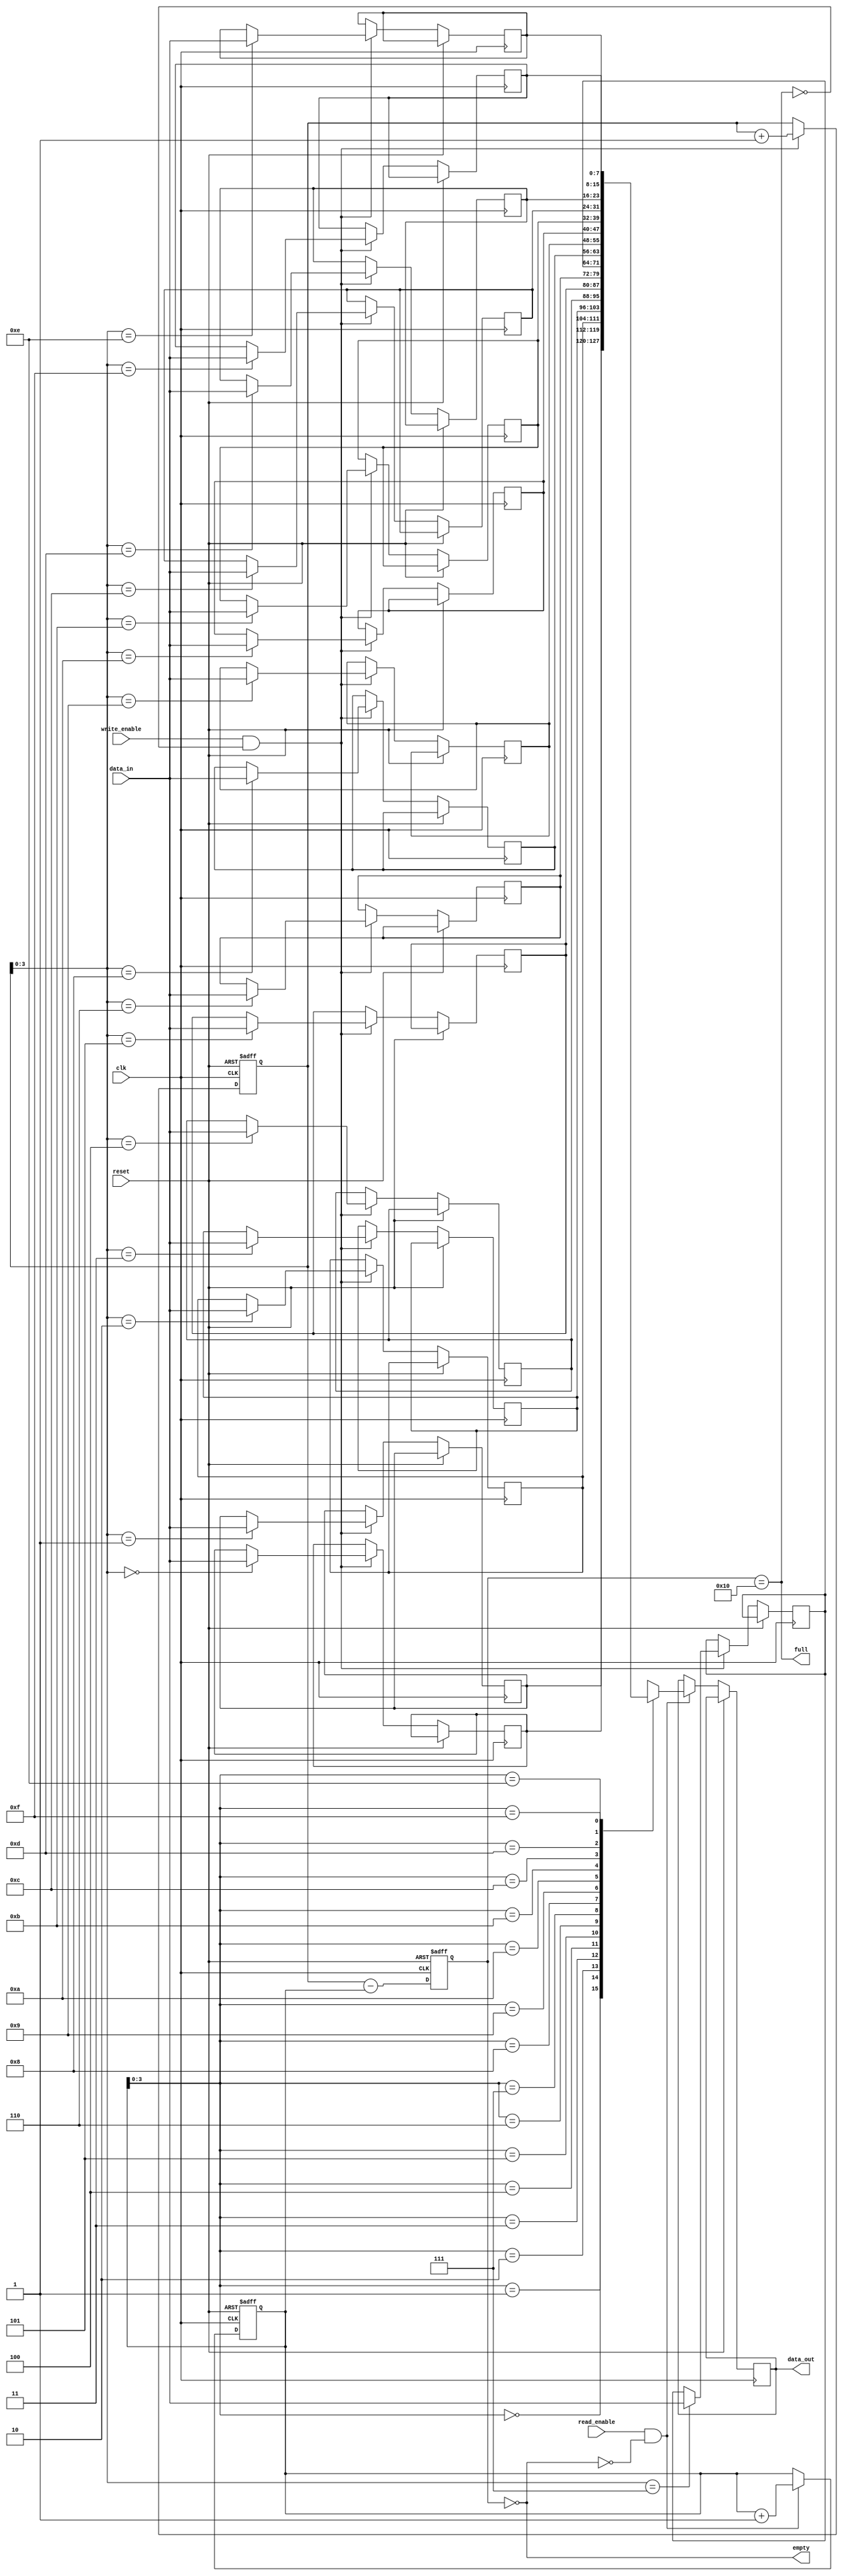
module Last_Word_Fall_Through_FIFO (
    input wire clk,               // System clock
    input wire reset,             // Reset signal
    input wire write_enable,      // Write enable signal
    input wire [DATA_WIDTH-1:0] data_in, // Data input
    input wire read_enable,       // Read enable signal
    output reg [DATA_WIDTH-1:0] data_out, // Data output
    output wire full,             // Full flag
    output wire empty             // Empty flag
);

parameter DATA_WIDTH = 8;        // Data width of the FIFO buffer
parameter DEPTH = 16;            // Depth of the FIFO buffer

reg [DATA_WIDTH-1:0] memory [DEPTH-1:0];
reg [DEPTH-1:0] write_ptr, read_ptr;
reg [DEPTH:0] count;

// Write operation
always @(posedge clk or posedge reset) begin
    if (reset) begin
        write_ptr <= 0;
    end else begin
        if (write_enable && !full) begin
            memory[write_ptr] <= data_in;
            write_ptr <= write_ptr + 1;
        end
    end
end

// Read operation
always @(posedge clk or posedge reset) begin
    if (reset) begin
        read_ptr <= 0;
    end else begin
        if (read_enable && !empty) begin
            data_out <= memory[read_ptr];
            read_ptr <= read_ptr + 1;
        end
    end
end

// Count the number of elements in the FIFO buffer
always @(posedge clk or posedge reset) begin
    if (reset) begin
        count <= 0;
    end else begin
        count <= write_ptr - read_ptr;
    end
end

// Full and Empty flags
assign full = (count == DEPTH);
assign empty = (count == 0);

endmodule